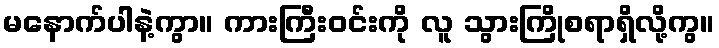
မနောက်ပါနဲ့ကွာ။ ကားကြီးဝင်းကို လူ သွားကြိုစရာရှိလို့ကွ။